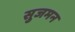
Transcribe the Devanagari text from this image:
सुजमन